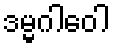
ဒမ္မဂါဝေါ